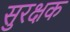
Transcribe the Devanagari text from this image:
सुरक्षक